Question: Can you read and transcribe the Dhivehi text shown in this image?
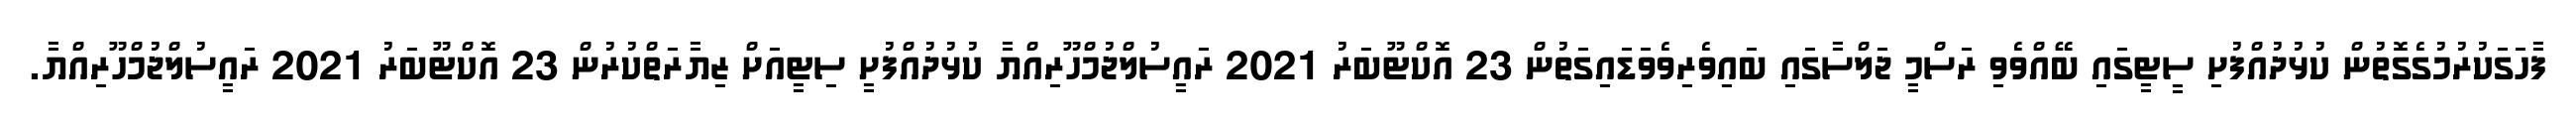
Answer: ފާހަގަކުރުމުގެގޮތުން ކުޅުދުއްފުށި ސީޓީގައި ބޭއްވެވި ރަސްމީ ޖަލްސާގައި ބައިވެރިވެވަޑައިގަތުން 23 އޮކްޓޫބަރު 2021 ރައީސުލްޖުމްހޫރިއްޔާ ކުޅުދުއްފުށީ ސިޓީއަށް ޒިޔާރަތްކުރުން 23 އޮކްޓޫބަރު 2021 ރައީސުލްޖުމްހޫރިއްޔާ.